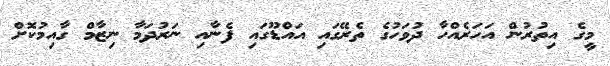
މީގެ އިތުރުން އަހަރެއްހާ ދުވަހުގެ ތެރޭގައި އައްޑޫގައި ފެނާއި ނަރުދަމާ ނިޒާމް ގާއިމުކޮށް